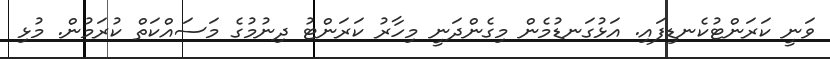
ވަނީ ކަރަންޓުކެނޑިފައި. އަޅުގަނޑުމެން މިގެންދަނީ މިހާރު ކަރަންޓު ދިނުމުގެ މަސައްކަތް ކުރަމުން. މުޅި